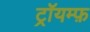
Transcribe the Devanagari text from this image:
ट्रॉयम्फ़